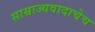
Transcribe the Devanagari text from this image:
साम्राज्यवादाचेच